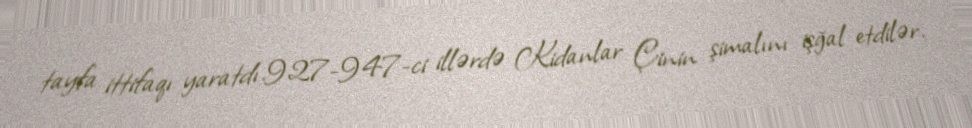
tayfa ittifaqı yaratdı.927-947-ci illərdə Kidanlar Çinin şimalını işğal etdilər.